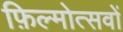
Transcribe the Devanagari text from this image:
फ़िल्मोत्सवों